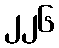
၂၂၆